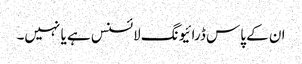
ان کے پاس ڈرائیونگ لائسنس ہے یا نہیں۔